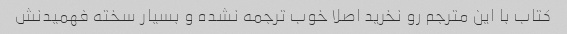
کتاب با این مترجم رو نخرید اصلا خوب ترجمه نشده و بسیار سخته فهمیدنش